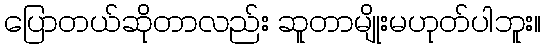
ပြောတယ်ဆိုတာလည်း ဆူတာမျိုးမဟုတ်ပါဘူး။